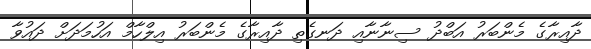
ދާއިރާގެ މެންބަރު އަބްދު ސިނާނާއި ދަނގެތި ދާއިރާގެ މެންބަރު އިލްހާމް އަހުމަދަށް ދައުވާ